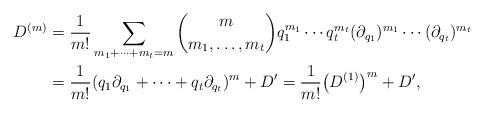
LaTeX: \begin{align*}D^{(m)}&=\frac{1}{m!}\sum_{m_1+\cdots+m_t=m}{m\choose m_1,\ldots,m_t}q_1^{m_1}\cdots q_t^{m_t}(\partial_{q_1})^{m_1}\cdots(\partial_{q_t})^{m_t}\\&=\frac{1}{m!}(q_1\partial_{q_1}+\cdots+q_t\partial_{q_t})^m+D'=\frac{1}{m!}\big(D^{(1)}\big)^m+D',\end{align*}